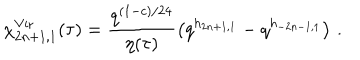
\chi _ { 2 n + 1 , 1 } ^ { \mathrm { V i r } } ( \tau ) = \frac { q ^ { ( 1 - c ) / 2 4 } } { \eta ( \tau ) } \left( q ^ { h _ { 2 n + 1 , 1 } } - q ^ { h _ { - 2 n - 1 , 1 } } \right) \, .